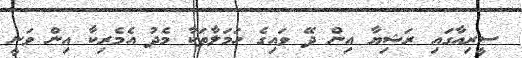
ސީރިއާގައި ރަޝިޔާ އިން ދޭ ވައިގެ ހަމަލާތަކާ މެދު އެމެރިކާ އިން ވަނީ